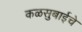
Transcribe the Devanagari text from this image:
कळसुबाईचे